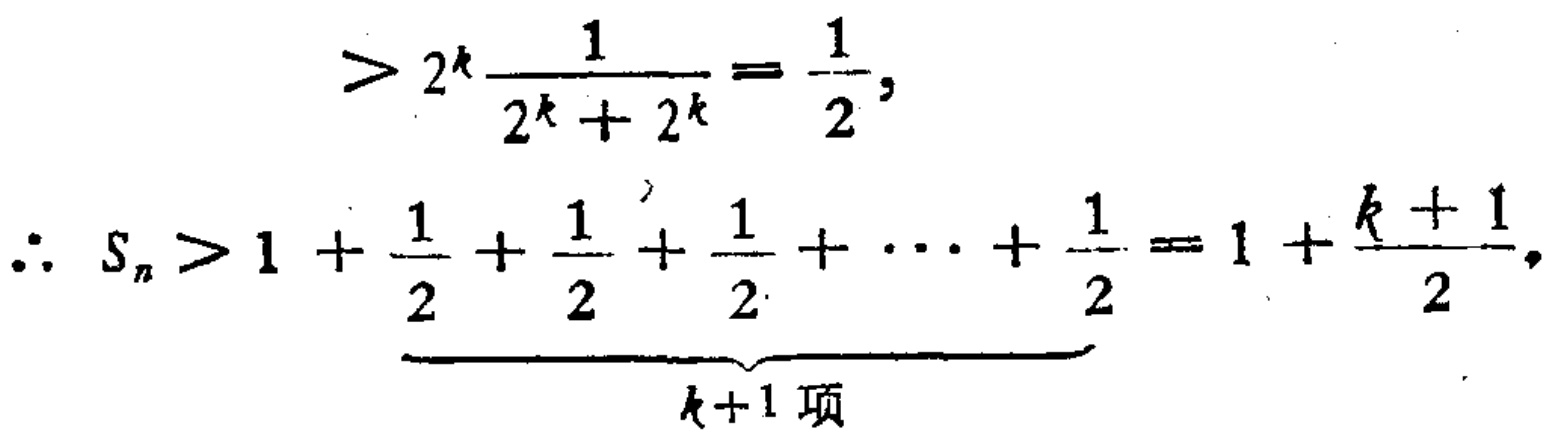
\[

> 2^{k}\frac{1}{2^{k}+2^{k}}=\frac{1}{2},

\]

\[

\therefore S_{n}>1+\underbrace{\frac{1}{2}+\frac{1}{2}+\frac{1}{2}+\cdots+\frac{1}{2}}_{k + 1\text{ 项}}=1+\frac{k + 1}{2},

\]